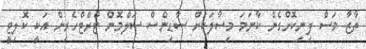
ތާޒާ މަސް ފިނިކޮށްގެން ކާނަމަ މިސާލަކަށް ސާޑިންސް ސަލްމޮން ޓްރްޓްހެރިން އަކީ ކޮލިޓީ